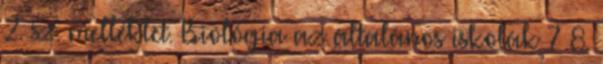
2. sz. melléklet. Biológia az általános iskolák 7 8.